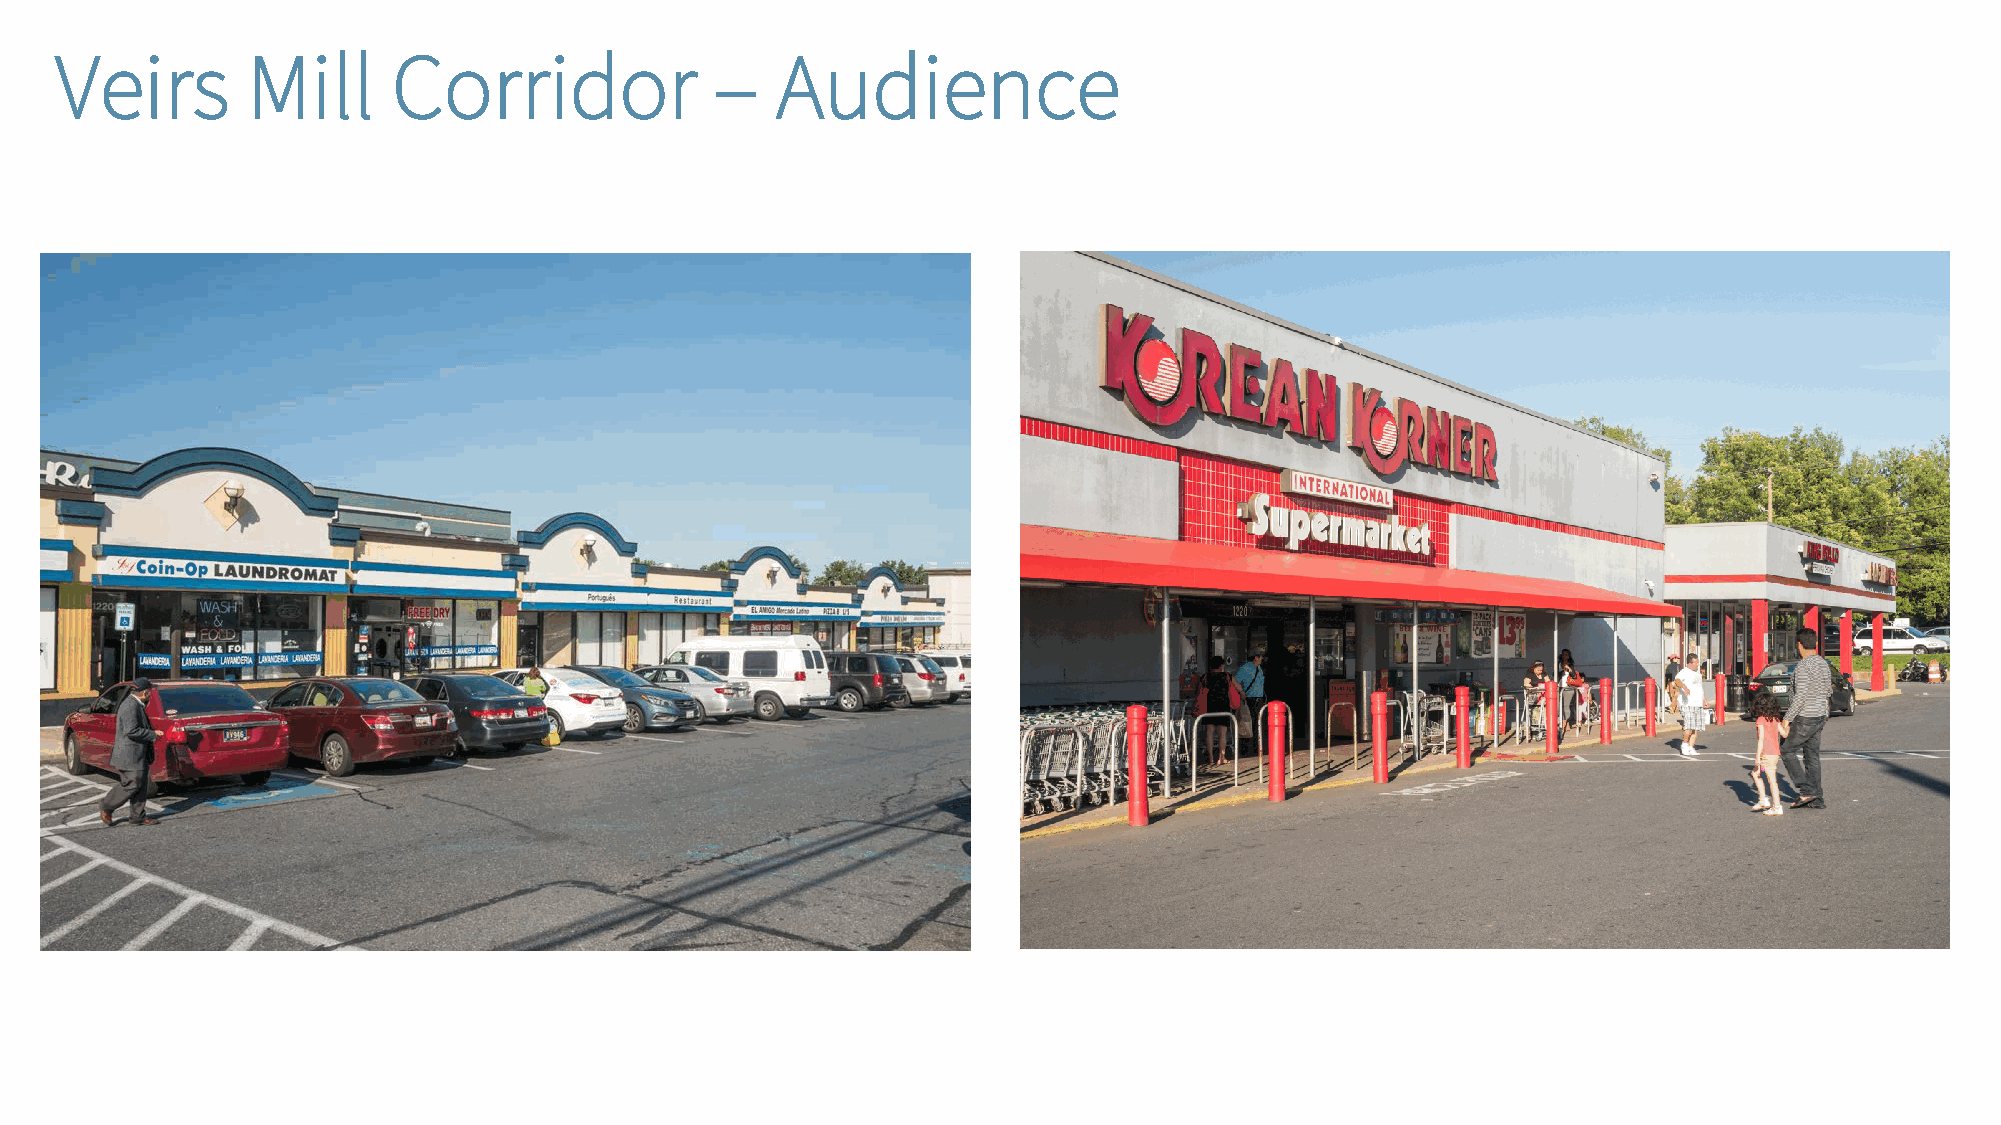
Veirs       Mill      Corridor             –   Audience